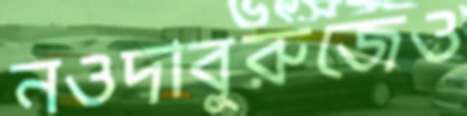
নওদাবুরুজেও